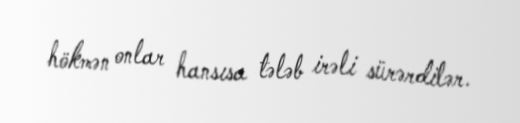
hökmən onlar hansısa tələb irəli sürərdilər.